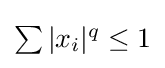
\textstyle \sum |x_{i}|^{q}\leq 1